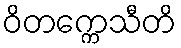
ဝိတက္ကေသီတိ